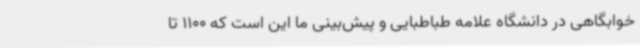
خوابگاهی در دانشگاه علامه طباطبایی و پیش‌بینی ما این است که 1100 تا